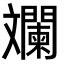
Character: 斕